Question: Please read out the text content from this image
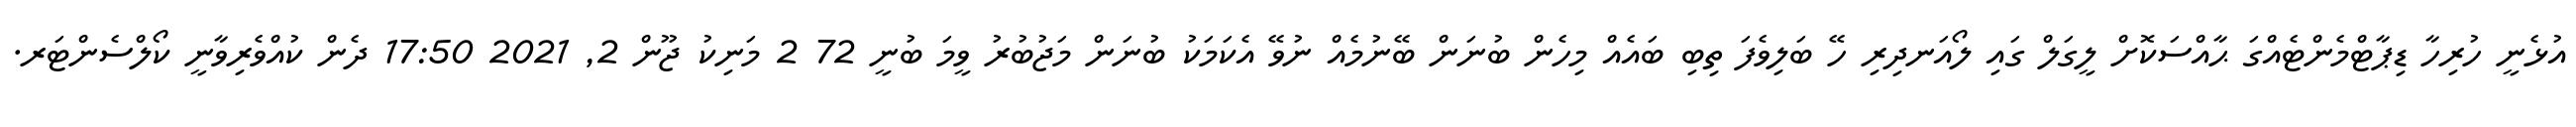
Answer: އުޅެނީ ހުރިހާ ޑިޕާޓްމެންޓެއްގަ ޙާއްސަކޮށް ލީގަލް ގައި ލޯއަނދިރި ހޭ ބަލިވެފަ ތިބި ބައެއް މިހެން ބުނަން ބޭނުމެއް ނުވޭ އެކަމަކު ބުނަން މަޖުބުރު ވީމަ ބުނީ 72 2 މަނިކު ޖޫން 2, 2021 17:50 ދެން ކުއްވެރިވާނީ ކޯލްސެންޓަރ.